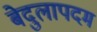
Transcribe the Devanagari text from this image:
बेदुलापदम